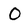
Character: 0